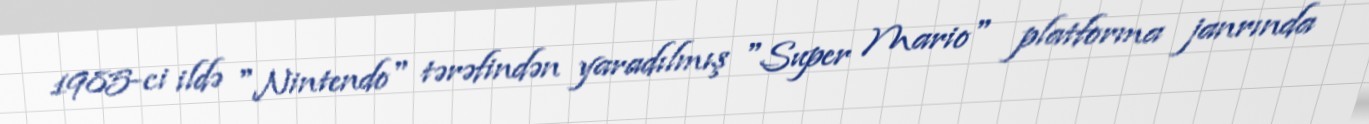
1985-ci ildə "Nintendo" tərəfindən yaradılmış "Super Mario" platforma janrında